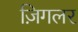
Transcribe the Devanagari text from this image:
ज़िगलर